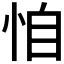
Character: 𢙆